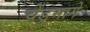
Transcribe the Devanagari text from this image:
चेंडूमागे